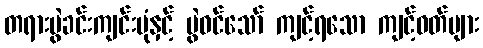
တရားပွဲခင်းကျင်းပုံနှင့် ပွဲဝင်သော် ကျင့်ရသော ကျင့်ဝတ်များ